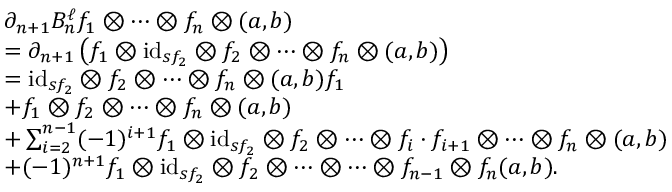
\begin{array} { r l } & { \partial _ { n + 1 } B _ { n } ^ { \ell } f _ { 1 } \otimes \dots \otimes f _ { n } \otimes ( a , b ) } \\ & { = \partial _ { n + 1 } \left( f _ { 1 } \otimes \mathrm { i d } _ { s f _ { 2 } } \otimes f _ { 2 } \otimes \dots \otimes f _ { n } \otimes ( a , b ) \right) } \\ & { = \mathrm { i d } _ { s f _ { 2 } } \otimes f _ { 2 } \otimes \dots \otimes f _ { n } \otimes ( a , b ) f _ { 1 } } \\ & { + f _ { 1 } \otimes f _ { 2 } \otimes \dots \otimes f _ { n } \otimes ( a , b ) } \\ & { + \sum _ { i = 2 } ^ { n - 1 } ( - 1 ) ^ { i + 1 } f _ { 1 } \otimes \mathrm { i d } _ { s f _ { 2 } } \otimes f _ { 2 } \otimes \dots \otimes f _ { i } \cdot f _ { i + 1 } \otimes \dots \otimes f _ { n } \otimes ( a , b ) } \\ & { + ( - 1 ) ^ { n + 1 } f _ { 1 } \otimes \mathrm { i d } _ { s f _ { 2 } } \otimes f _ { 2 } \otimes \dots \otimes \dots \otimes f _ { n - 1 } \otimes f _ { n } ( a , b ) . } \end{array}